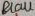
Text: Blau